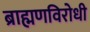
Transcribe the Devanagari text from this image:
ब्राह्मणविरोधी